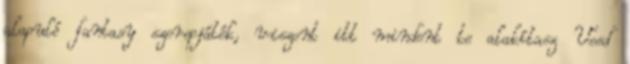
alapuló fantasy szerepjáték, viszont itt mindent te alakítasz Vesd